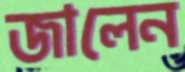
জালেন